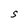
Character: S